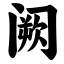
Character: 阙